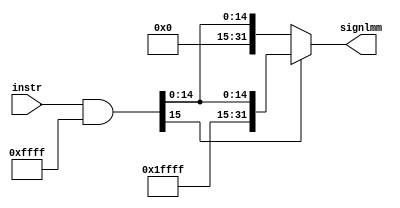
module sign_extend
  #(parameter width = 16)
  (
  input wire [width-1:0]           instr,
  output reg [2*width-1:0]         signlmm
  );
  

  reg  [width-1:0] reslut;
  reg signal;
  
  always@(*)
  begin
    reslut=instr&16'd65535;
    signal=reslut>>15;
    if(signal==1)
      signlmm={16'd65535,reslut};
    else
      signlmm={16'd0,reslut};
  end
endmodule